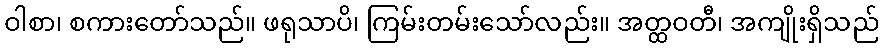
ဝါစာ၊ စကားတော်သည်။ ဖရုသာပိ၊ ကြမ်းတမ်းသော်လည်း။ အတ္ထဝတီ၊ အကျိုးရှိသည်